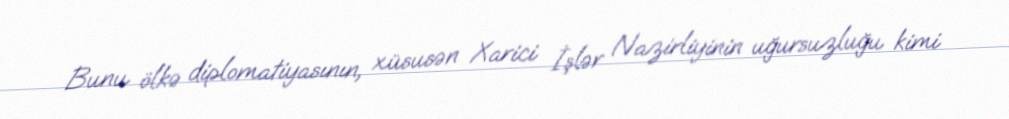
Bunu ölkə diplomatiyasının, xüsusən Xarici İşlər Nazirliyinin uğursuzluğu kimi